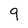
Character: 9